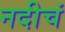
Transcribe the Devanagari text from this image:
नदीचं